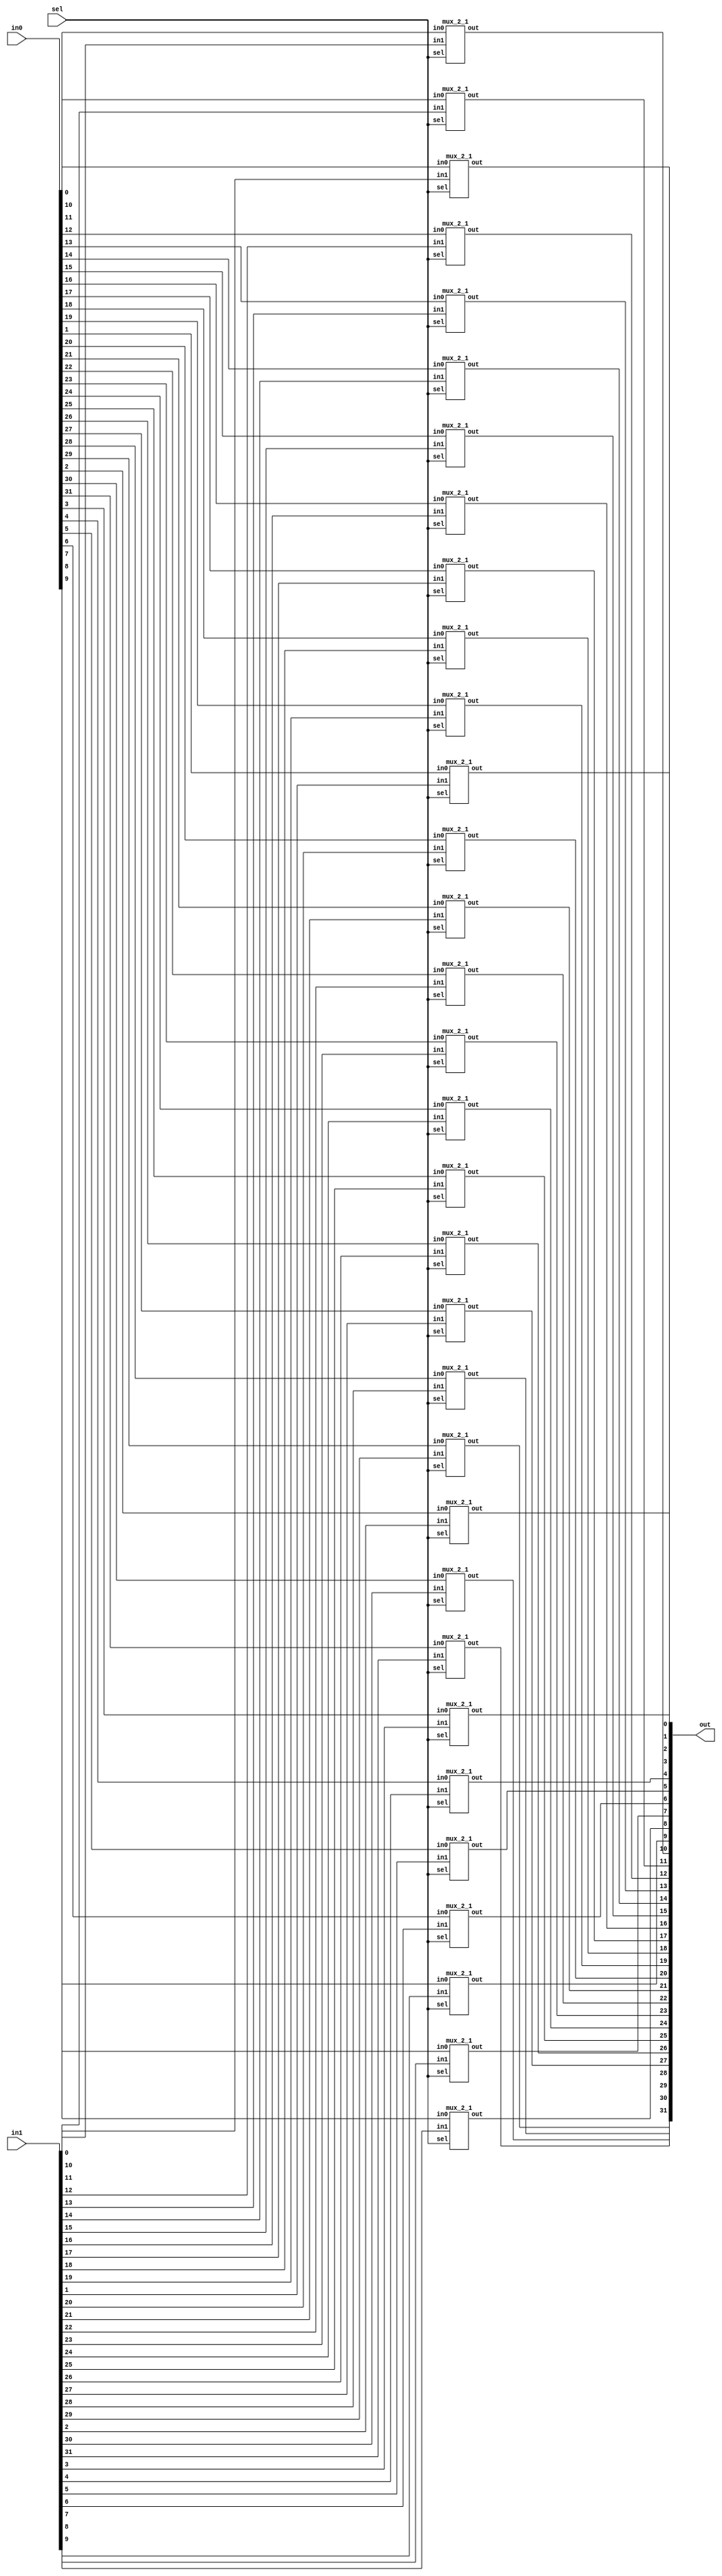
module  mux_32_2_1(out,sel,in0,in1);
   output [31:0]out;
   input 	sel ;
   input [31:0] in0,in1;

   genvar 	i ;
   generate
      for(i=0; i<32; i=i+1)
	mux_2_1 m(out[i],sel,in0[i],in1[i]);
      endgenerate
   
endmodule // mux_32_2_1



module mux_2_1(out,sel,in0,in1);
   output out ;
   input  sel,in0,in1 ;
   assign out=sel ? in1 :in0 ;
endmodule // mux_2_1